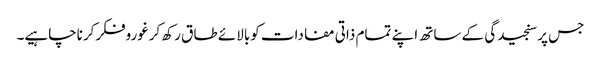
جس پرسنجیدگی کے ساتھ اپنے تمام ذاتی مفادات کوبالائے طا ق رکھ کرغوروفکرکرناچاہیے۔